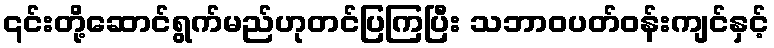
၎င်းတို့ဆောင်ရွက်မည်ဟုတင်ပြကြပြီး သဘာဝပတ်ဝန်းကျင်နှင့်